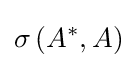
\sigma \left(A^{*},A\right)